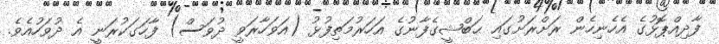
ފާދިއްޕޮޅުގެ އެހެނިހެން ރަށްރަށުގައި ޙަބްޝީގެފާނުގެ އަހަރުމަތިފުޅު (އަވަހާރަވީ ދުވަސް) ފާހަގަކުރަނީ އެ ދުވަހުއެވެ.